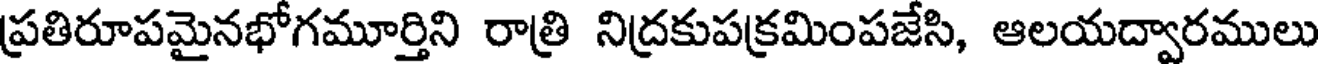
ప్రతిరూపమైనభోగమూర్తిని రాత్రి నిద్రకుపక్రమింపజేసి, ఆలయద్వారములు